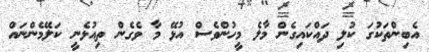
އެބިންތަކުގަ ކުލި ދައްކައިގެން މާލެ މީހުންވެސް އުޅޭ މާ ވެގެން ތިއުޅެނީ ކަލޭމެންނައް